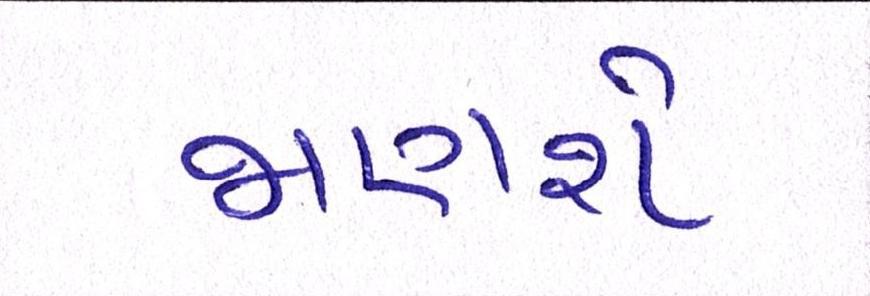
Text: જાણશે